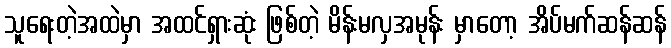
သူရေးတဲ့အထဲမှာ အထင်ရှားဆုံး ဖြစ်တဲ့ မိန်းမလှအမုန်း မှာတော့ အိပ်မက်ဆန်ဆန်